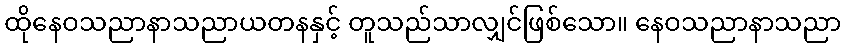
ထိုနေဝသညာနာသညာယတနနှင့် တူသည်သာလျှင်ဖြစ်သော။ နေဝသညာနာသညာ